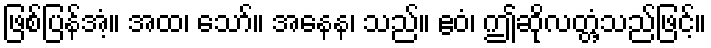
ဖြစ်ပြန်အံ့။ အထ၊ သော်။ အနေန၊ သည်။ ဧဝံ၊ ဤဆိုလတ္တံ့သည်ဖြင့်။